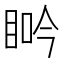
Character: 𥆽